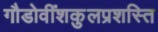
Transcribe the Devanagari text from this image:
गौडोवींशकुलप्रशस्ति